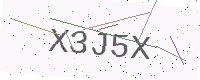
Text: X3J5X